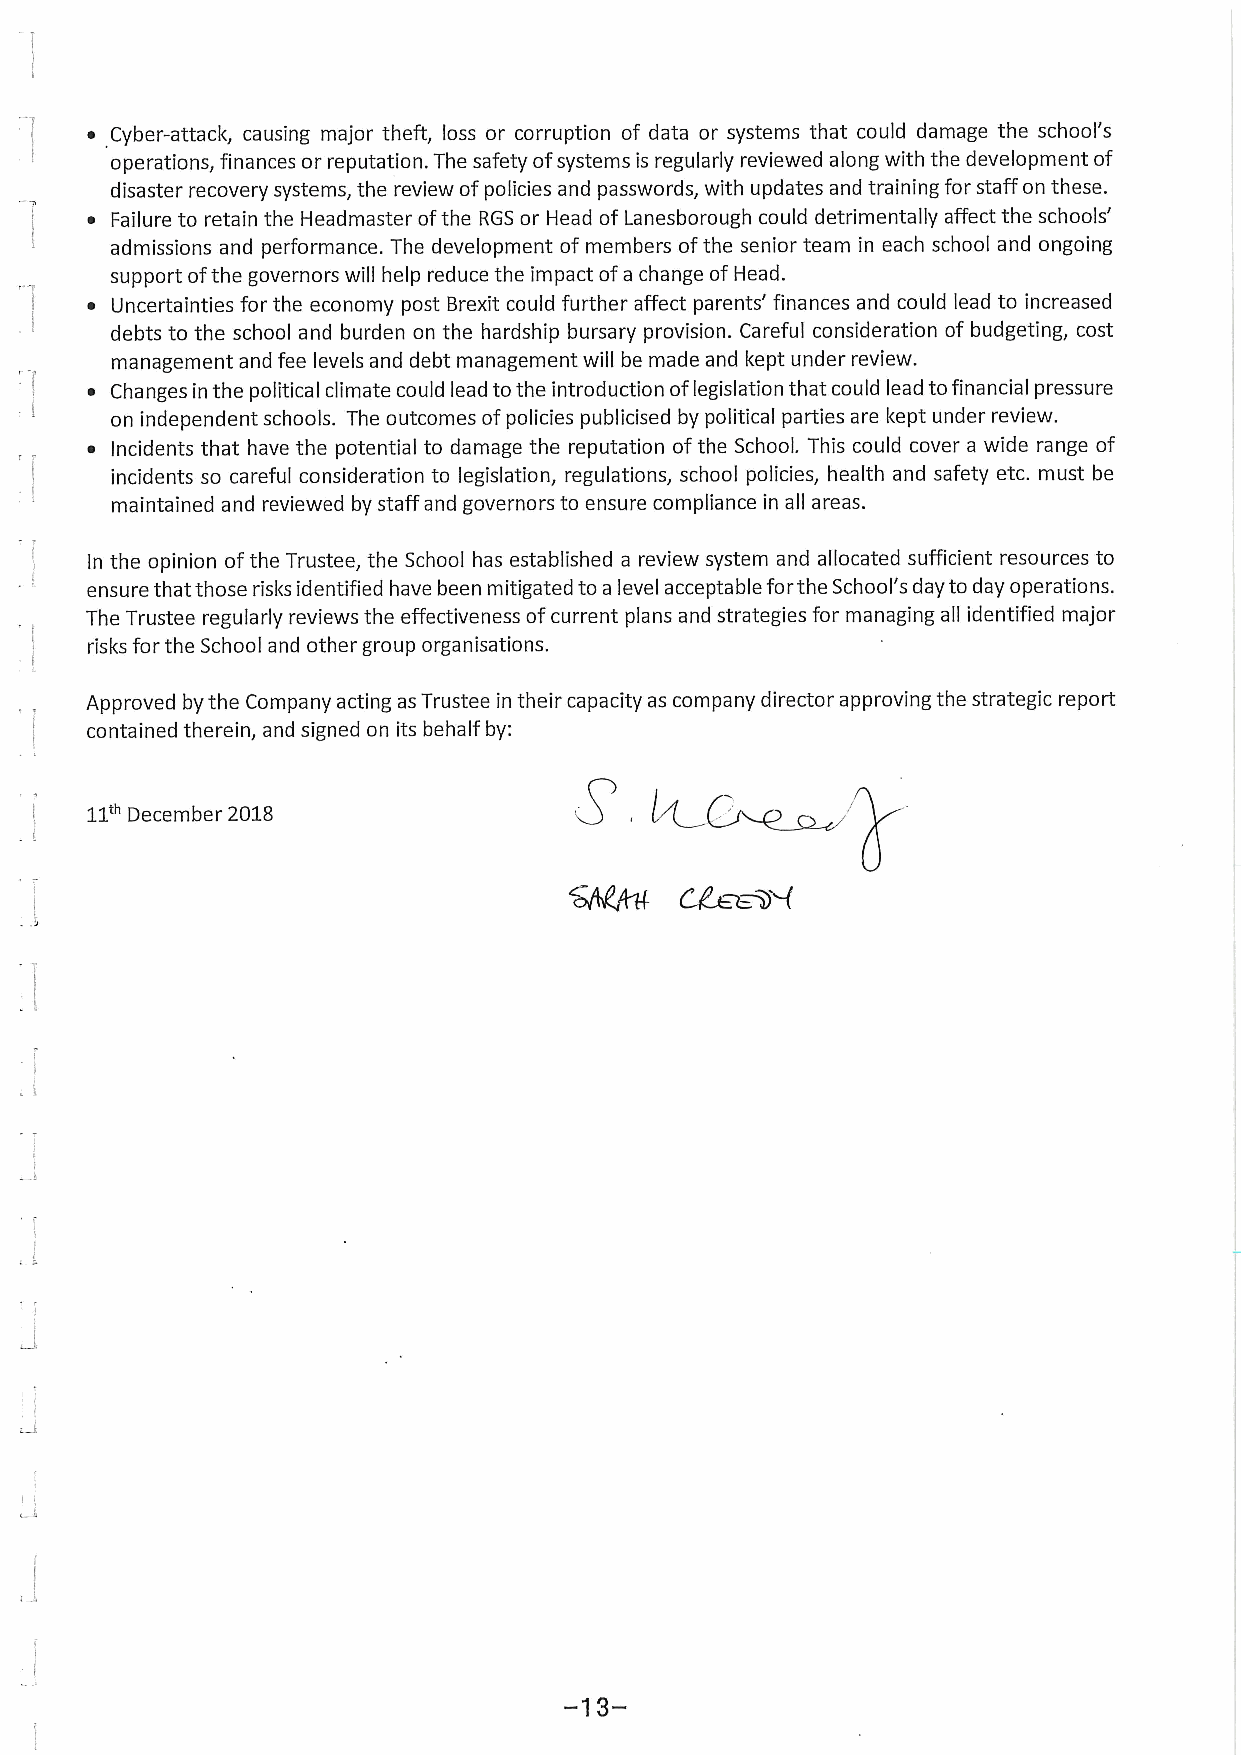
~ Cyber-attack, causing major theft, loss or corruption of data or systems that could damage the school's
 operations, finances or reputation. The safety ofsystems is regularly reviewed along with the development of
 disaster recovery systems, the review ofpolicies and passwords, with updates and training for staff on these.
 ~ Failure to retain the Headmaster ofthe RGS or Head of Lanesborough could detrimentally affect the schools'
 admissions and performance. The development of members ofthe senior team in each school and ongoing
 support ofthe governors will help reduce the impact ofa change ofHead.
 ~ Uncertainties for the economy post Brexit could further affect parents' finances and could lead to increased
 debts to the school and burden on the hardship bursary provision. Careful consideration of budgeting, cost
 management and fee levels and debt management will be made and kept under review.
 ~ Changes in the political climate could lead to the introduction oflegislation that could lead tofinancial pressure
 on independent schools. The outcomes ofpolicies publicised by political parties are kept under review.
 ~ Incidents that have the potential to damage the reputation ofthe School. This could cover a wide range of
 incidents so careful consideration to legislation, regulations, school policies, health and safety etc. must be
 maintained and reviewed by staff and governors to ensure compliance in all areas.
 In the opinion ofthe Trustee, the School has established a review system and allocated sufficient resources to
 ensure that those risks identified have been mitigated to a level acceptable forthe School's day to day operations.
 The Trustee regularly reviews the effectiveness ofcurrent plans and strategies for managing all identified major
 risks for the School and other group organisations.
 Approved by the Company acting as Trustee in their capacity as company director approving the strategic report
 contained therein, and signed on its behalf by:
 11'"December 2018